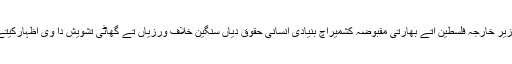
وزیر خارجہ فلسطین اتے بھارتی مقبوضہ کشمیراچ بنیادی انسانی حقوق دیاں سنگین خلاف ورزیاں تے گھاٹی تشویش دا وی اظہارکیتے۔